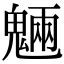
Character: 魎